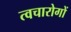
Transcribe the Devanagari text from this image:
त्वचारोगों